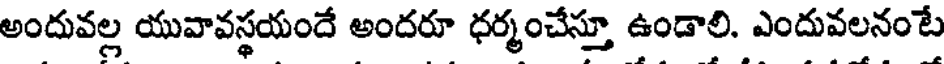
అందువల్ల యువావస్థయందే అందరూ ధర్మంచేస్తూ ఉండాలి. ఎందువలనంటే